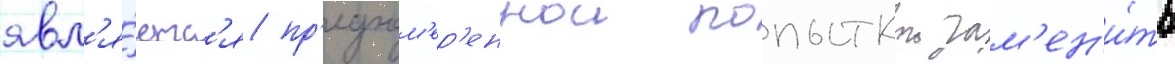
явл'я́етс'я пр'еднам'ер'еннои попыткои зам'ен'и́ть